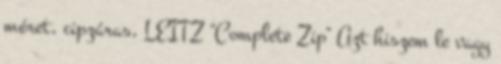
méret, cipzáras, LEITZ "Complete Zip" Azt hiszem le vagy